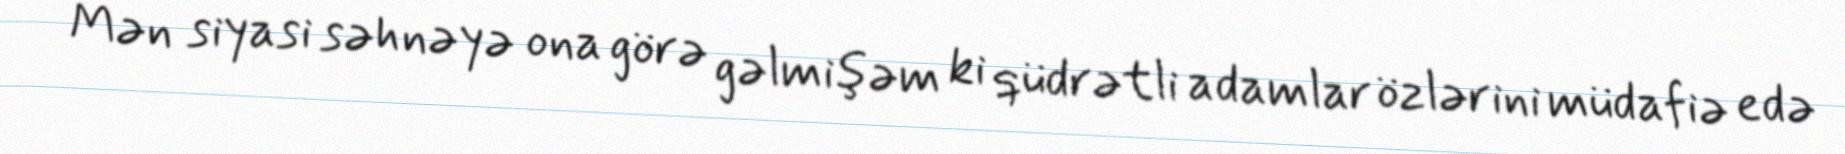
Mən siyasi səhnəyə ona görə gəlmişəm ki qüdrətli adamlar özlərini müdafiə edə